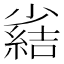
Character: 𫵊